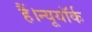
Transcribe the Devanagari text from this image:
हैं।न्यूयॉर्क